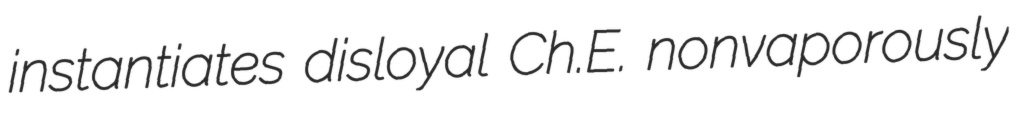
instantiates disloyal Ch.E. nonvaporously